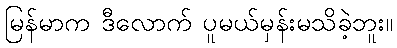
မြန်မာက ဒီလောက် ပူမယ်မှန်းမသိခဲ့ဘူး။